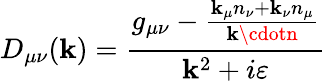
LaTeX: D_{\mu\nu}(\mathbf{k})=\frac{{g_{\mu\nu}-\frac{{\mathbf{k}_{\mu}n_{\nu}+\mathbf{k}_{\nu}n_{\mu}}}{{\mathbf{k}\cdotn}}}}{{\mathbf{k}^{2}+i\varepsilon}}